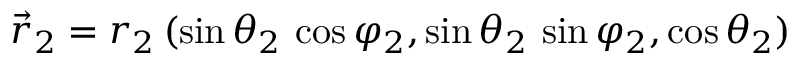
\vec { r } _ { 2 } = r _ { 2 } \, ( \sin \theta _ { 2 } \, \cos \varphi _ { 2 } , \sin \theta _ { 2 } \, \sin \varphi _ { 2 } , \cos \theta _ { 2 } )